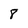
Character: 8